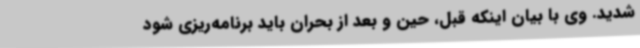
شدید. وی با بیان اینکه قبل، حین و بعد از بحران باید برنامه‌ریزی شود